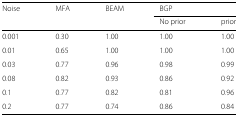
<table><thead><tr><td><b>Noise</b></td><td><b>MFA</b></td><td><b>BEAM</b></td><td colspan="2"><b>BGP</b></td></tr><tr><td></td><td></td><td></td><td><b>No prior</b></td><td><b>prior</b></td></tr></thead><tbody><tr><td>0.001</td><td>0.30</td><td>1.00</td><td>1.00</td><td>1.00</td></tr><tr><td>0.01</td><td>0.65</td><td>1.00</td><td>1.00</td><td>1.00</td></tr><tr><td>0.03</td><td>0.77</td><td>0.96</td><td>0.98</td><td>0.99</td></tr><tr><td>0.08</td><td>0.82</td><td>0.93</td><td>0.86</td><td>0.92</td></tr><tr><td>0.1</td><td>0.77</td><td>0.82</td><td>0.81</td><td>0.96</td></tr><tr><td>0.2</td><td>0.77</td><td>0.74</td><td>0.86</td><td>0.84</td></tr></tbody></table>